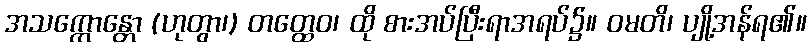
အသက္ကောန္တော (ဟုတွာ၊) တတ္ထေဝ၊ ထို စားအပ်ပြီးရာအရပ်၌။ ဝမတိ၊ ပျို့အန်ရ၏။